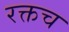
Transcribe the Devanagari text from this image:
रक्तच